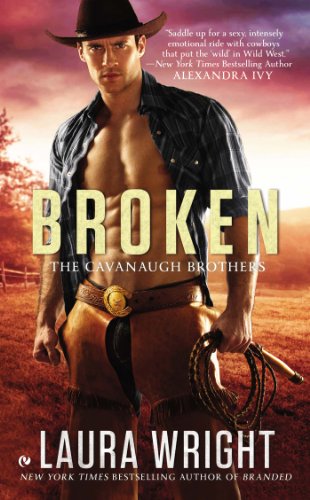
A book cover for Broken: The Cavanaugh Brothers; Laura Wright; Romance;